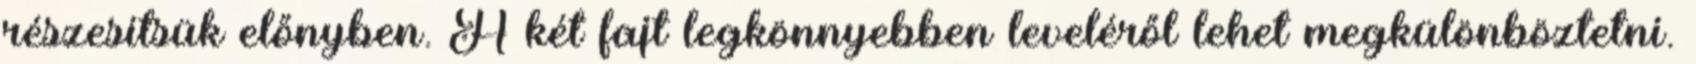
részesítsük előnyben. A két fajt legkönnyebben leveléről lehet megkülönböztetni.